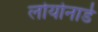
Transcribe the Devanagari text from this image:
लोयोनार्ड